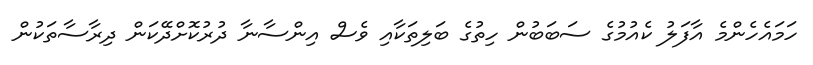
ހަމައެހެންމެ އާފަލު ކެއުމުގެ ސަބަބުން ހިތުގެ ބަލިތަކާއި ވެސް އިންސާނާ ދުރުކޮށްދޭކަން ދިރާސާތަކުން